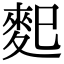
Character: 𪌄